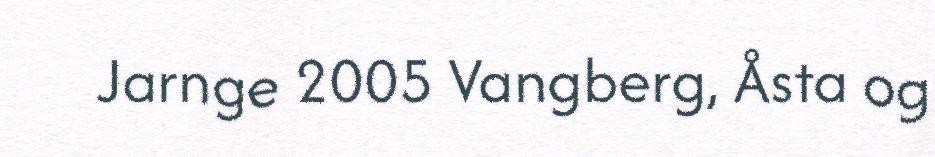
Jarnge 2005 Vangberg, Åsta og